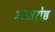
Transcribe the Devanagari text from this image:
ऊखरोष्ठ